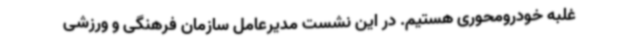
غلبه خودرومحوری هستیم. در این نشست مدیرعامل سازمان فرهنگی و ورزشی